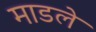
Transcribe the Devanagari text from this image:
माडले